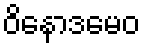
ဝိနောဒမေဝ